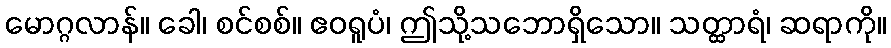
မောဂ္ဂလာန်။ ခေါ၊ စင်စစ်။ ဧဝရူပံ၊ ဤသို့သဘောရှိသော။ သတ္ထာရံ၊ ဆရာကို။